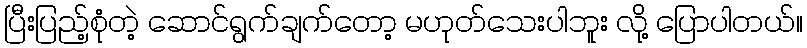
ပြီးပြည့်စုံတဲ့ ဆောင်ရွက်ချက်တော့ မဟုတ်သေးပါဘူး လို့ ပြောပါတယ်။